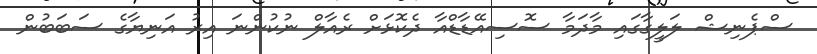
ސްޕެނިޝް ލަލީގާގައި މާދަމާ ސޮސިއޭޑާޑްއާ ދެކޮޅަށް ރެއާލް ނުކުންނަ އިރު އަނިޔާގެ ސަބަބުން